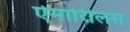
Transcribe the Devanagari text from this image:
ऐमारिलिस